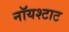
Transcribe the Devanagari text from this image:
नॉयश्टाट